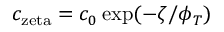
c _ { \mathrm { z e t a } } = c _ { 0 } \exp ( - \zeta / \phi _ { T } )